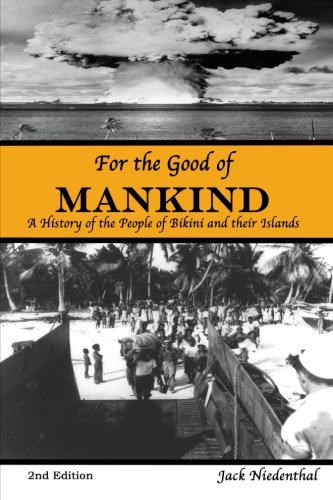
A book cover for For the Good of Mankind: A History of the People of Bikini and their Islands (Second Edition); Jack Niedenthal; History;